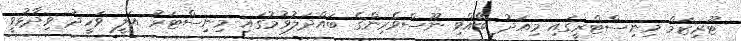
ޓޫރިޒަމް މިނިސްޓްރީގައި މިއަދު ބޭއްވި ނޫސްވެރިންގެ ބައްދަލުވުމުގައި މިނިސްޓަރު އަލީ ވަހީދު ވިދާޅުވީ